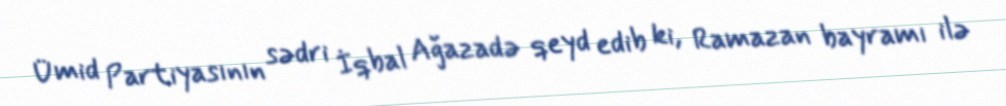
Ümid Partiyasının sədri İqbal Ağazadə qeyd edib ki, Ramazan bayramı ilə